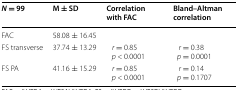
<table><thead><tr><td><b><i>N</i> = 99</b></td><td><b>M ± SD</b></td><td><b>Correlation with FAC</b></td><td><b>Bland–Altman correlation</b></td></tr></thead><tbody><tr><td>FAC</td><td>58.08 ± 16.45</td><td></td><td></td></tr><tr><td>FS transverse</td><td>37.74 ± 13.29</td><td><i>r</i> = 0.85<i>p</i> &lt; 0.0001</td><td><i>r</i> = 0.38<i>p</i> = 0.0001</td></tr><tr><td>FS PA</td><td>41.16 ± 15.29</td><td><i>r</i> = 0.85<i>p</i> &lt; 0.0001</td><td><i>r</i> = 0.14<i>p</i> = 0.1707</td></tr></tbody></table>